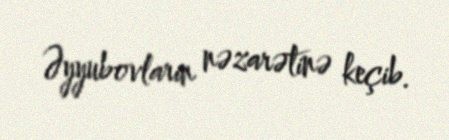
Əyyubovların nəzarətinə keçib.